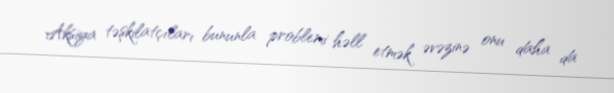
Aksiya təşkilatçıları bununla problemi həll etmək əvəzinə onu daha da